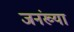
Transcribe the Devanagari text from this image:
जनंख्या